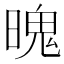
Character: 𣉨